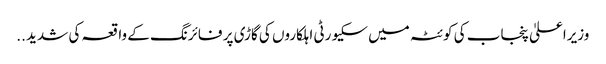
وزیراعلیٰ پنجاب کی کوئٹہ میں سکیورٹی اہلکاروں کی گاڑی پر فائرنگ کے واقعہ کی شدید ..